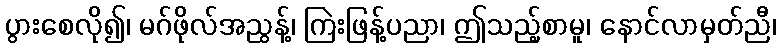
ပွားစေလို၍၊ မဂ်ဖိုလ်အညွန့်၊ ကြဲးဖြန့်ပညာ၊ ဤသည့်စာမူ၊ နောင်လာမှတ်ညီ၊